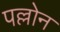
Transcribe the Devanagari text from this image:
पल्लोन